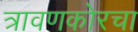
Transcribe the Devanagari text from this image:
त्रावणकोरचा